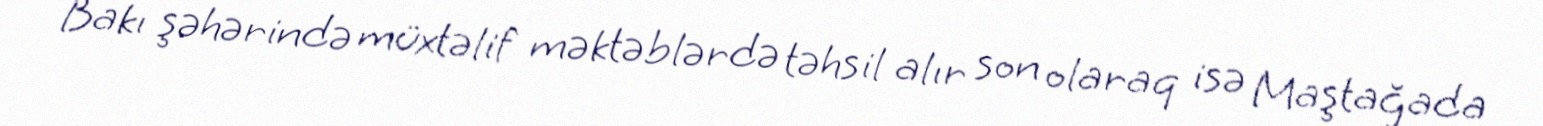
Bakı şəhərində müxtəlif məktəblərdə təhsil alır son olaraq isə Maştağada